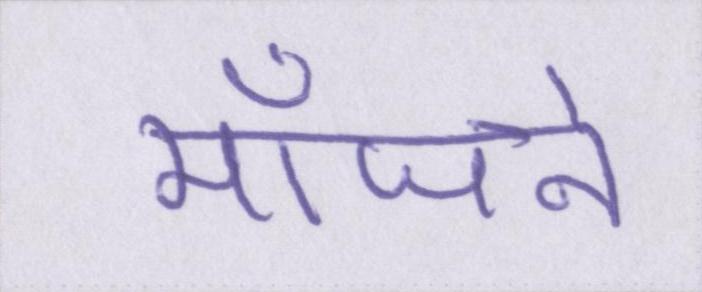
मांजने